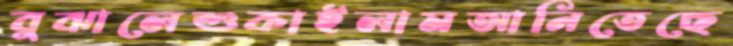
বুঝালেশুকাইলামআনিতেছে